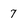
Character: 7